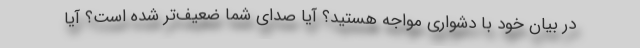
در بیان خود با دشواری مواجه هستید؟ آیا صدای شما ضعیف‌تر شده است؟ آیا